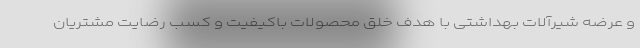
و عرضه شیرآلات بهداشتی با هدف خلق محصولات باکیفیت و کسب رضایت مشتریان